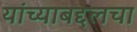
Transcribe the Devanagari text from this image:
यांच्याबद्दलचा